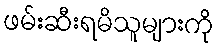
ဖမ်းဆီးရမိသူများကို